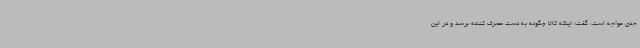
جدی مواجه است، گفت: اینکه کالا چگونه به دست مصرف کننده برسد و در این